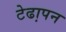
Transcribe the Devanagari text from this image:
टेढा़पन